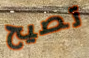
تصيح